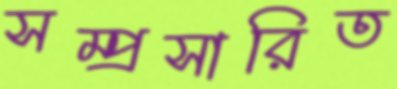
সম্প্রসারিত